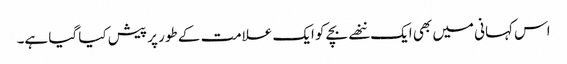
اس کہانی میں بھی ایک ننھے بچے کو ایک علامت کے طور پر پیش کیا گیا ہے۔